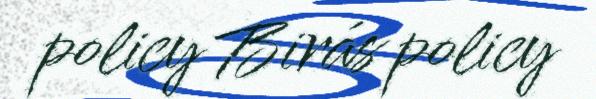
policy Birás policy